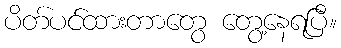
ပိတ်ပင်ထားတာတွေ တွေ့နေရပြီ။